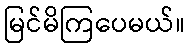
မြင်မိကြပေမယ်။